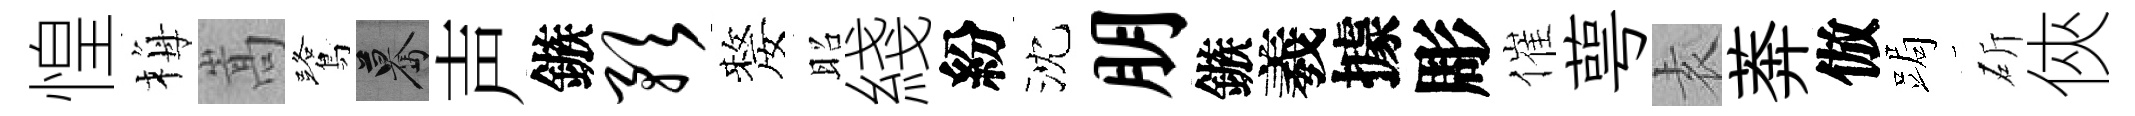
惶梅嵩鷺驀声鏃预嫠昭綫紛沈朋鏃羲據彫催萼𡊮莾倣跼斫俠